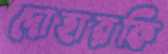
দোহারকি